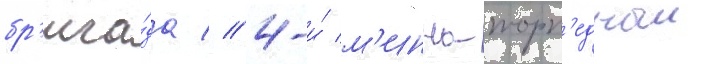
бр'ига́да // 4-и́ м'инно-торп'едныи